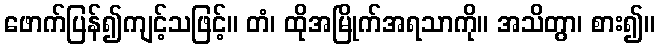
ဖောက်ပြန်၍ကျင့်သဖြင့်။ တံ၊ ထိုအမြိုက်အရသာကို။ အသိတွာ၊ စား၍။